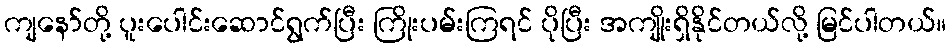
ကျနော်တို့ ပူးပေါင်းဆောင်ရွက်ပြီး ကြိုးပမ်းကြရင် ပိုပြီး အကျိုးရှိနိုင်တယ်လို့ မြင်ပါတယ်။